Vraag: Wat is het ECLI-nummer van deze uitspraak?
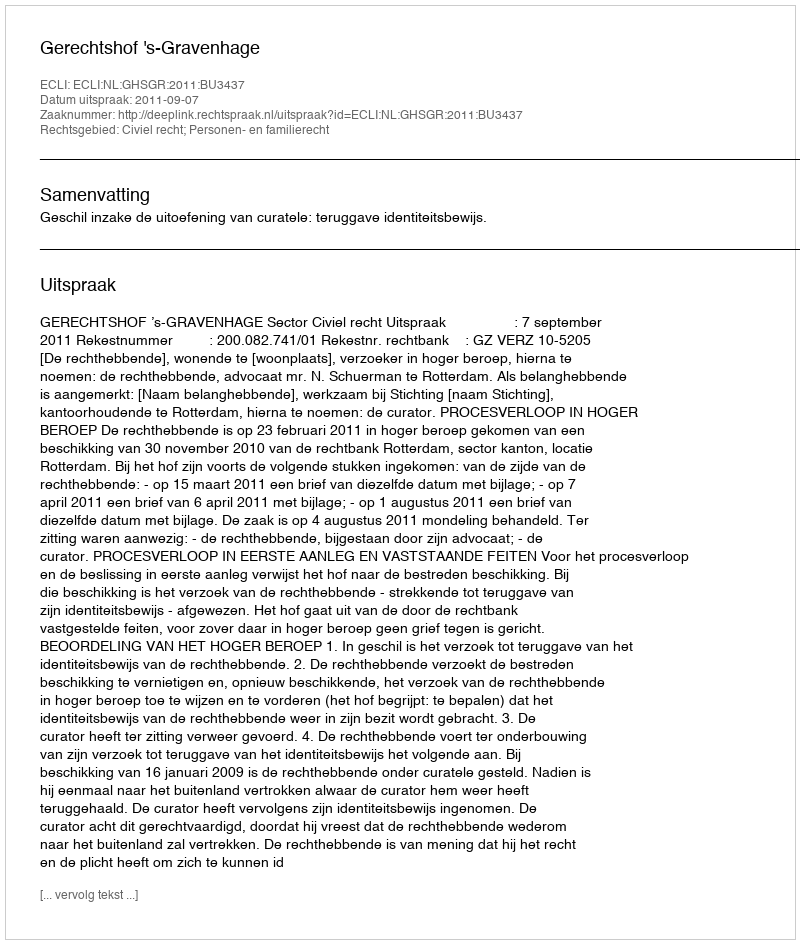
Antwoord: ECLI:NL:GHSGR:2011:BU3437